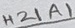
Text: H21A1